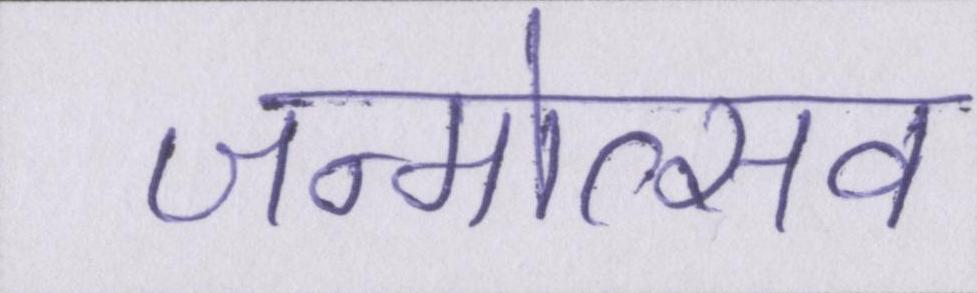
जन्मोत्सव